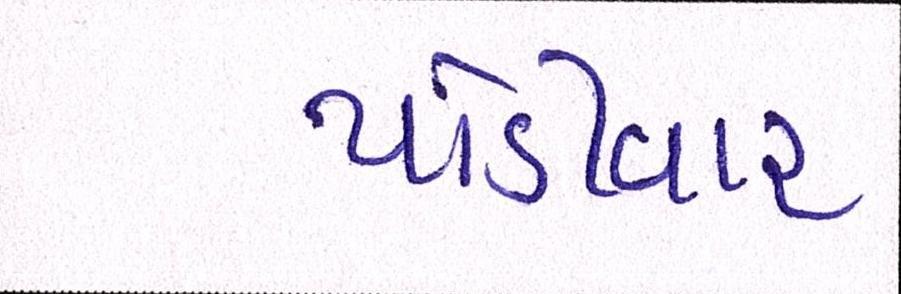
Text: થોડીવાર